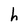
Character: h